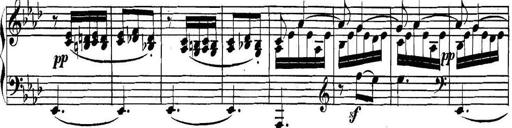
Title: Collected Piano Sonatas
Composer: Muzio Clementi